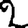
Digit: 2